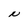
Character: N